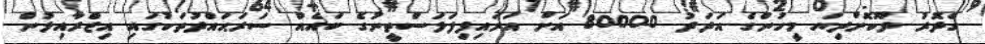
ގެދޮރު ދޫކޮށްދިޔަ މީހުންގެ އަދަދު 80000 އަށް އަރައިފިފަލަސްތީނުގެ ބައެއް ސަރަޙައްދުތަކުގައި އިޒްރާއިލުން